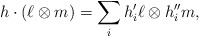
\begin{align*}h\cdot(\ell\otimes m)= \sum_i h'_i\ell\otimes h''_im,\end{align*}